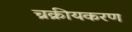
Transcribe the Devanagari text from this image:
च्रक्रीयकरण